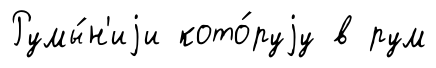
Румы́н'иjи кото́руjу в рум